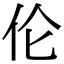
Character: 伦